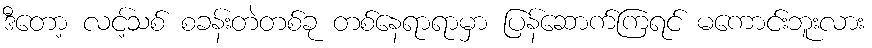
ဒီတော့ လင့်သစ် စခန်းတဲတစ်ခု တစ်နေရာရာမှာ ပြန်ဆောက်ကြရင် မကောင်းဘူးလား